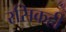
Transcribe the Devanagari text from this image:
रसिकही